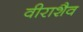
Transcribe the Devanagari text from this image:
वीराशैव